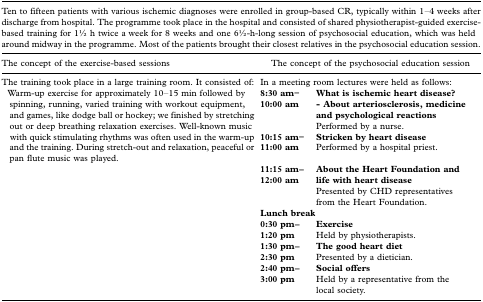
| <COLSPAN=3> Ten to fifteen patients with various ischemic diagnoses were enrolled in group-based CR, typically within 1–4 weeks after discharge from hospital. The programme took place in the hospital and consisted of shared physiotherapist-guided exercise-based training for 11⁄2 h twice a week for 8 weeks and one 61⁄2-h-long session of psychosocial education, which was held around midway in the programme. Most of the patients brought their closest relatives in the psychosocial education session. |
 | The concept of the exercise-based sessions | <COLSPAN=2> The concept of the psychosocial education session |
 | --- | --- | --- |
 | The training took place in a large training room. It consisted of: | <COLSPAN=2> In a meeting room lectures were held as follows: |
 | Warm-up exercise for approximately 10–15 min followed by spinning, running, varied training with workout equipment, and games, like dodge ball or hockey; we finished by stretching out or deep breathing relaxation exercises. Well-known music | 8:30 am–10:00 am | What is ischemic heart disease?- About arteriosclerosis, medicine and psychological reactionsPerformed by a nurse. |
 | with quick stimulating rhythms was often used in the warm-up and the training. During stretch-out and relaxation, peaceful or pan flute music was played. | 10:15 am–11:00 am | Stricken by heart diseasePerformed by a hospital priest. |
 |  | 11:15 am–12:00 am | About the Heart Foundation and life with heart diseasePresented by CHD representatives from the Heart Foundation. |
 |  | <COLSPAN=2> Lunch break |
 |  | 0:30 pm–1:20 pm | ExerciseHeld by physiotherapists. |
 |  | 1:30 pm–2:30 pm | The good heart dietPresented by a dietician. |
 |  | 2:40 pm–3:00 pm | Social offersHeld by a representative from the local society. |